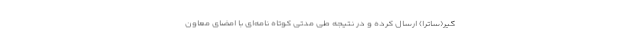
گیر(ساترا) ارسال کرده و در نتیجه طی مدتی کوتاه نامه‌ای با امضای معاون